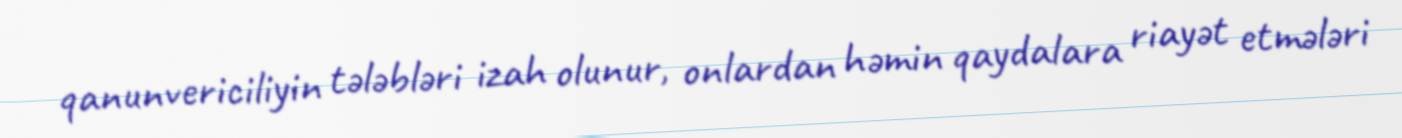
qanunvericiliyin tələbləri izah olunur, onlardan həmin qaydalara riayət etmələri